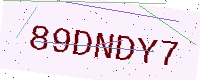
Text: 89DNDY7